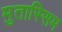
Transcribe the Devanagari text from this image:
मुतास्सिम